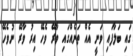
ގައި ބަލާފައި ވަނީ އެއް ތަނެއްގައި ވާރޭ ވެހޭ އިރު ވާރޭ ނުވެހޭ